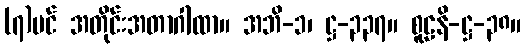
(၇)ပင် အတိုင်းအတာဂါထာ။ အဘိ-၁၊ ဋ္ဌ-၃၃၇။ စူဠနိ-ဋ္ဌ-၃၈။